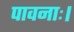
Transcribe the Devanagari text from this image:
पावनाः।